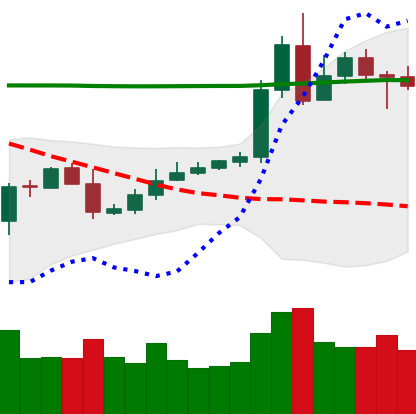
Ticker: XRP-USD
Chart end date: 2020-05-05
Forward return: -8.448%
Label: down_7plus